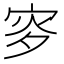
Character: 𡨝